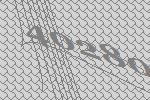
40280